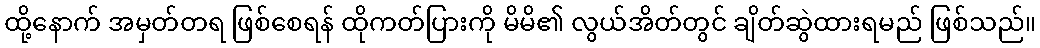
ထို့နောက် အမှတ်တရ ဖြစ်စေရန် ထိုကတ်ပြားကို မိမိ၏ လွယ်အိတ်တွင် ချိတ်ဆွဲထားရမည် ဖြစ်သည်။